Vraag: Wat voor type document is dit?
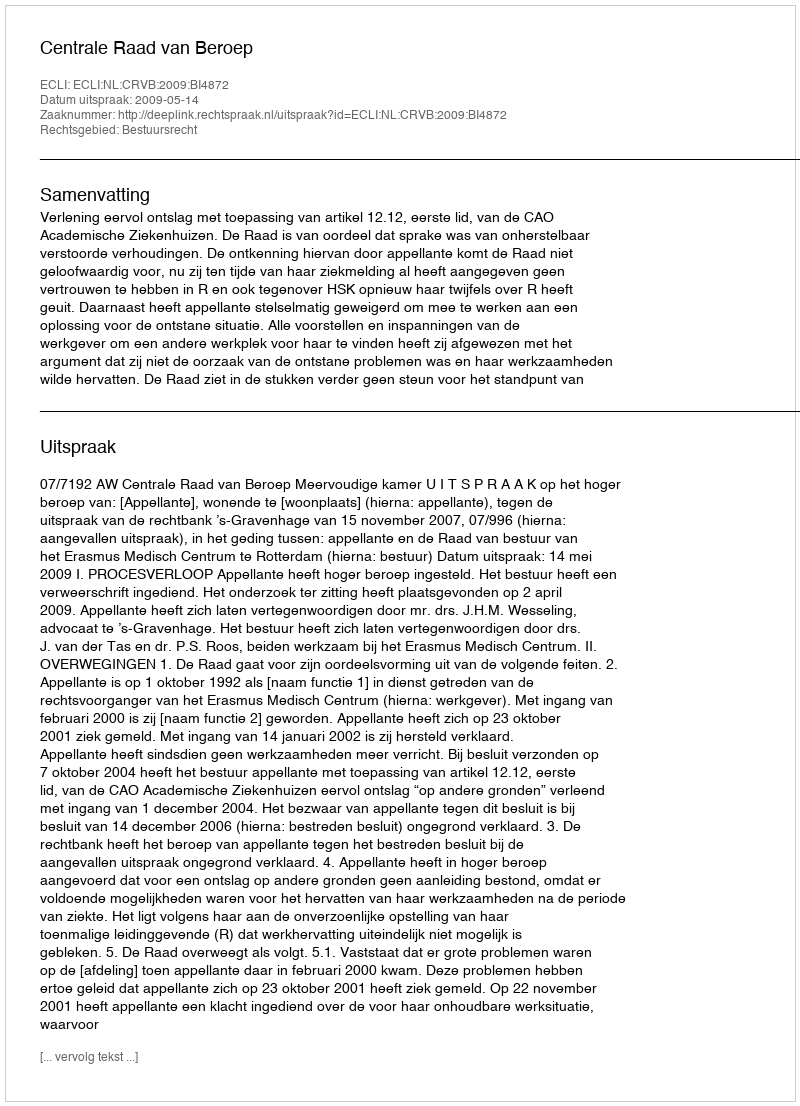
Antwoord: Uitspraak